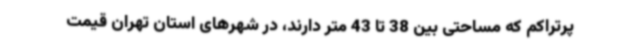
پرتراکم که مساحتی بین 38 تا 43 متر دارند، در شهرهای استان تهران قیمت